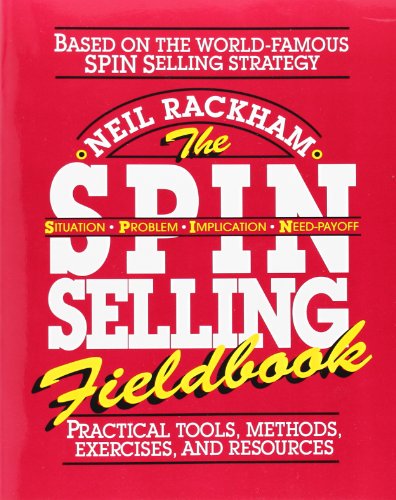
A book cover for The SPIN Selling Fieldbook: Practical Tools, Methods, Exercises, and Resources; Neil Rackham; Business & Money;